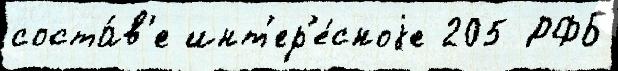
соста́в'е инт'ер'е́сноjе 205 РФБ